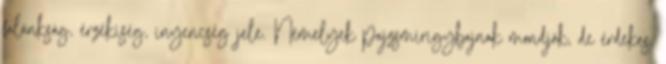
falánkság, érzékiség, ínyencség jele. Némelyek pajzsmirigybajnak mondják, de érdekes,